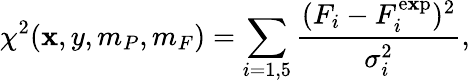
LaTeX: \chi^{2}(\mathbf{x},y,m_{P},m_{F})=\sum_{i=1,5}\frac{{(F_{i}-F_{i}^{\mathrm{{e\mathbf{x}p}}})^{2}}}{{\sigma_{i}^{2}}},